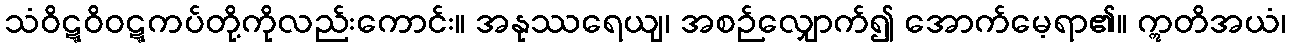
သံဝိဋ္ဋဝိဝဋ္ဋကပ်တို့ကိုလည်းကောင်း။ အနုဿရေယျ၊ အစဉ်လျှောက်၍ အောက်မေ့ရာ၏။ ဣတိအယံ၊